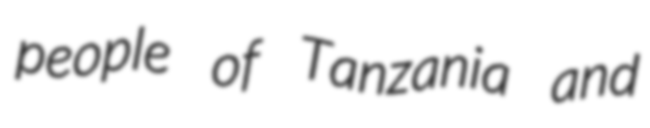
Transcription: people of Tanzania and